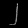
Digit: ၂